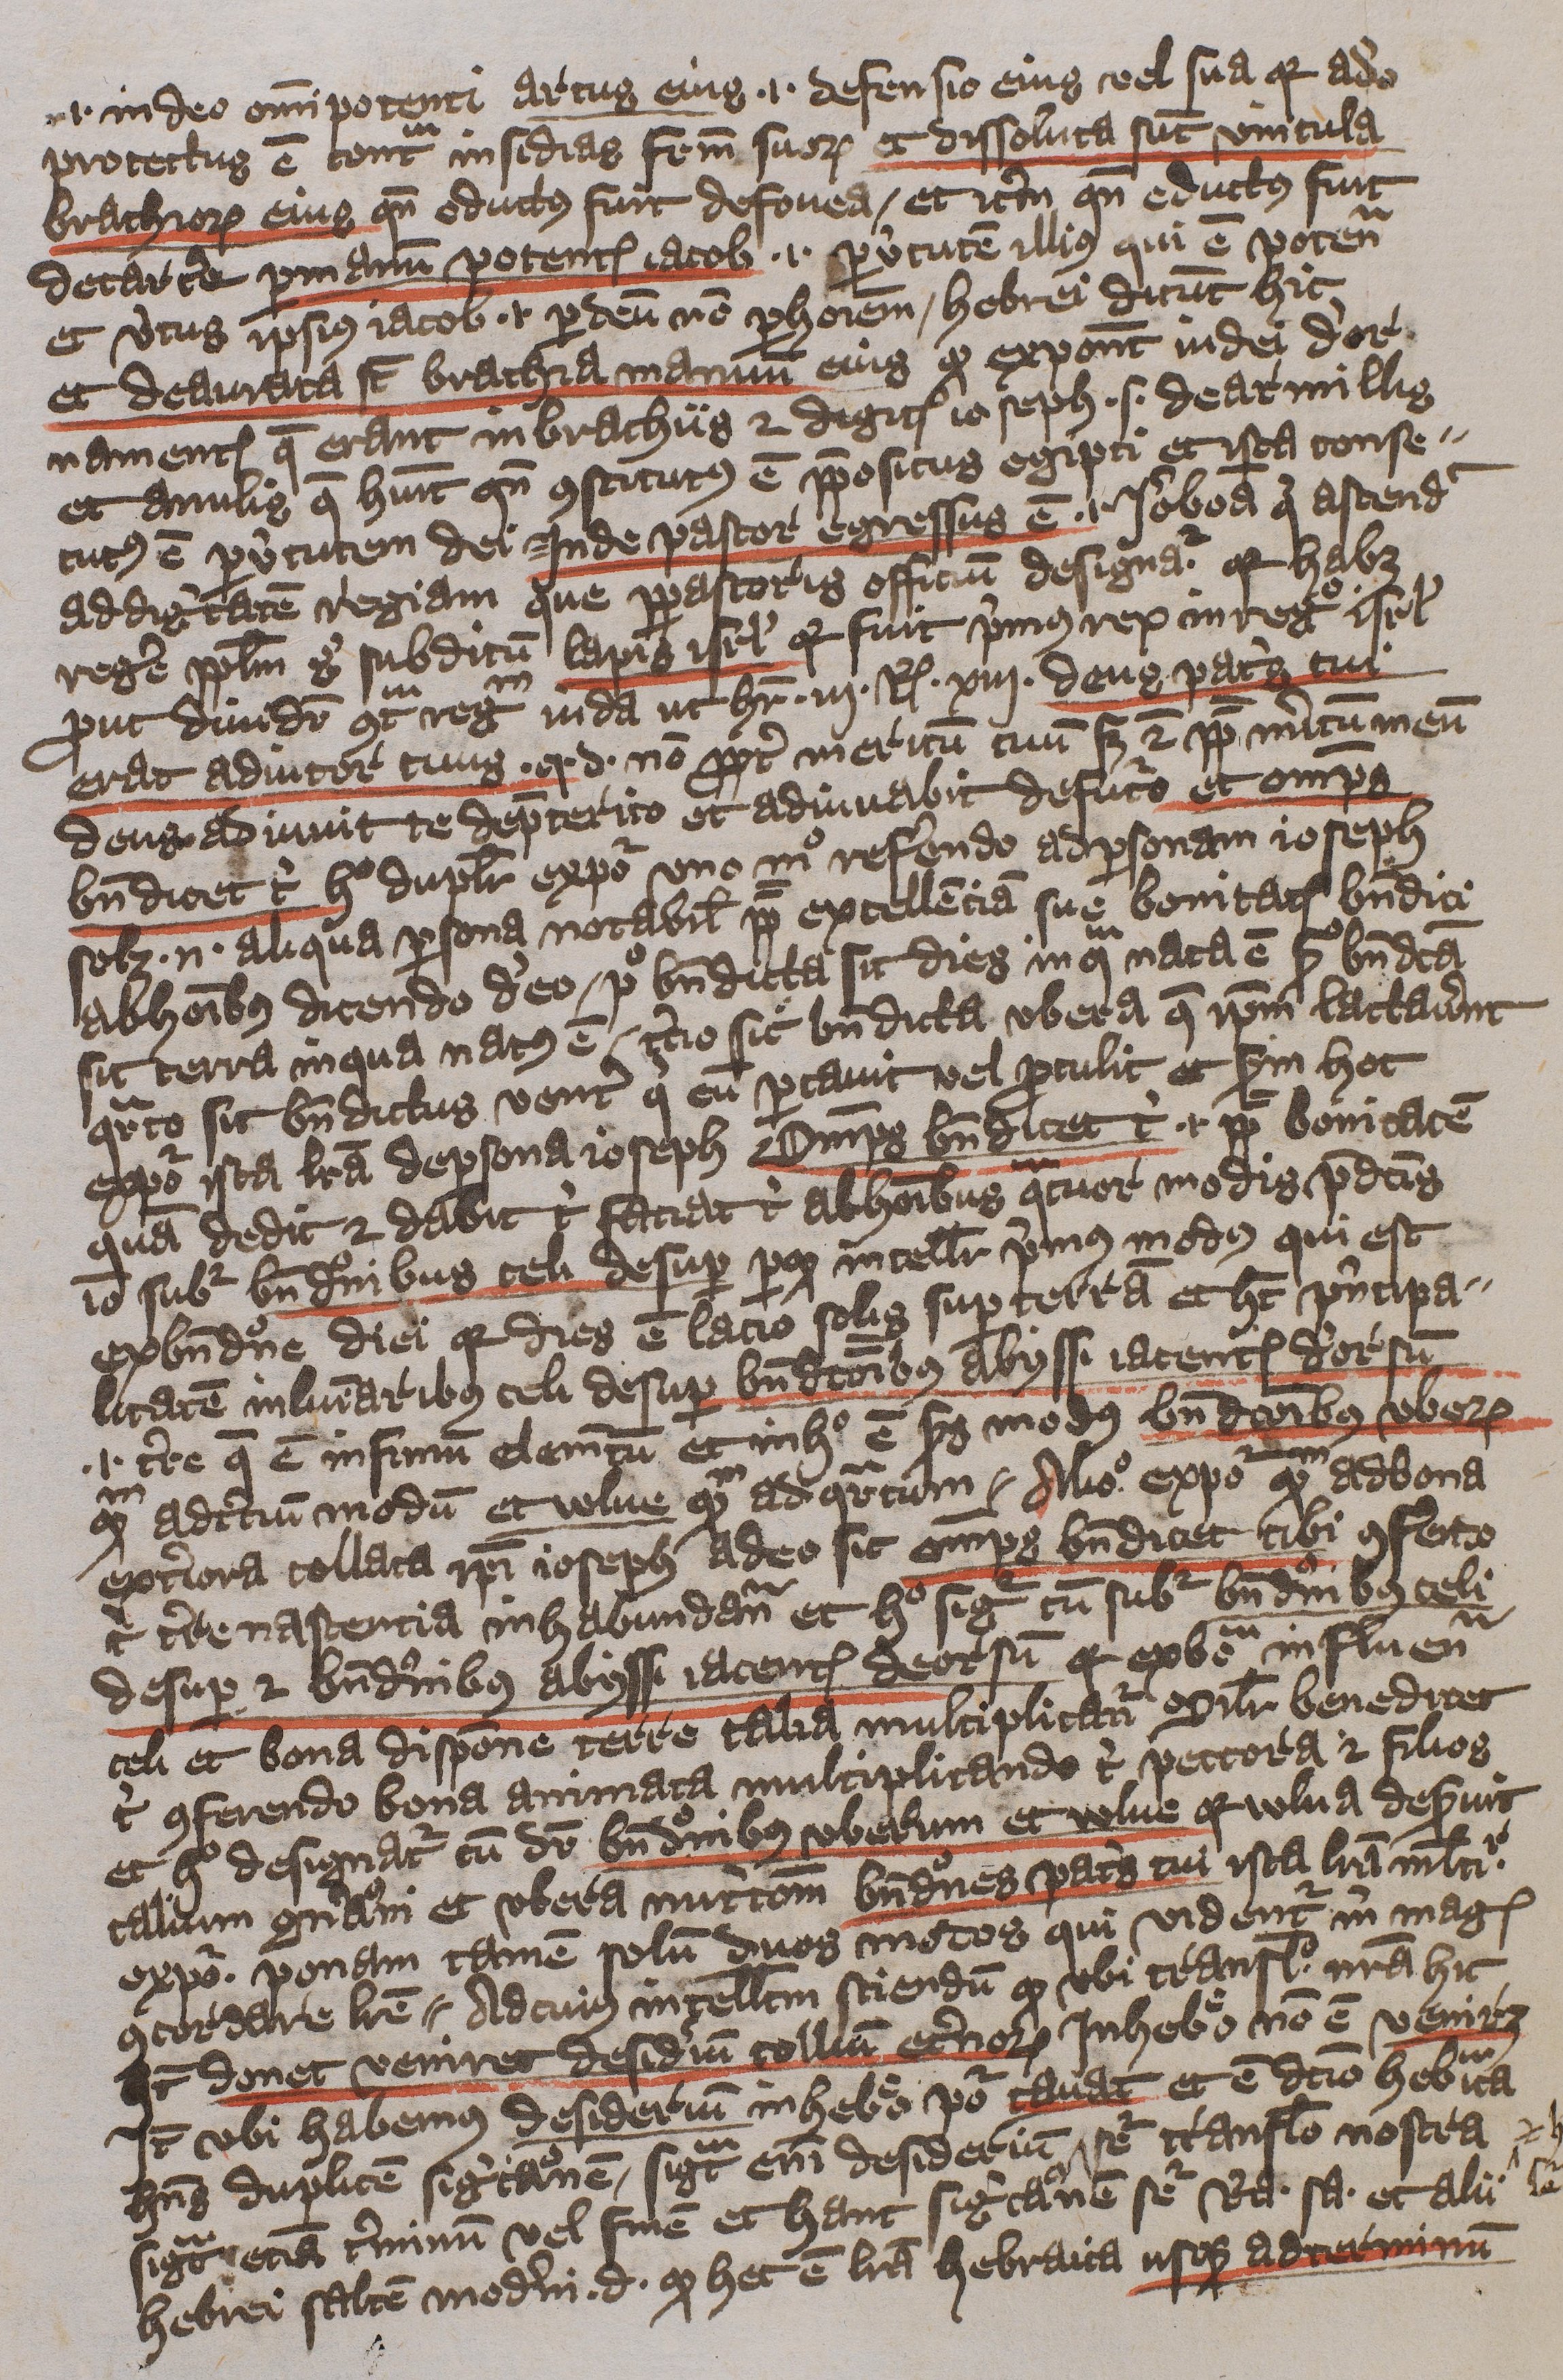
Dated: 1396–1396